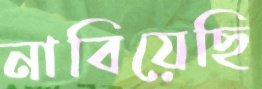
নাবিয়েছি